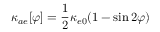
\kappa _ { a e } [ \varphi ] = \frac { 1 } { 2 } \kappa _ { e 0 } ( 1 - \sin 2 \varphi )